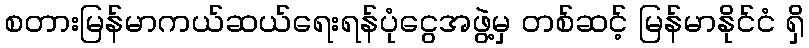
စတားမြန်မာကယ်ဆယ်ရေးရန်ပုံငွေအဖွဲ့မှ တစ်ဆင့် မြန်မာနိုင်ငံ ရှိ